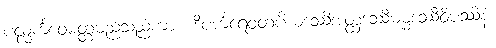
ပလ္လင်္ကဝေမတ္တမည်သည်ကား။ ဒီပင်္ကရေဝတပိယဒဿိအတ္ထဒဿီဓမ္မဒဿီဝိပဿိနံ၊